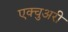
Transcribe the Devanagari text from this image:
एक्चुअरी